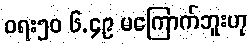
ဝရး၅၀ ၆.၄၉ မကြောက်ဘူးဟု